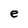
Character: e